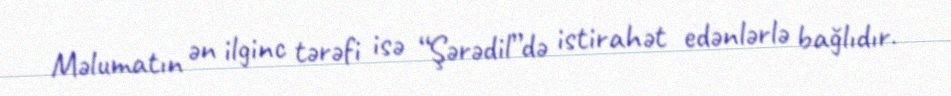
Məlumatın ən ilginc tərəfi isə “Şərədil”də istirahət edənlərlə bağlıdır.